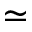
\simeq